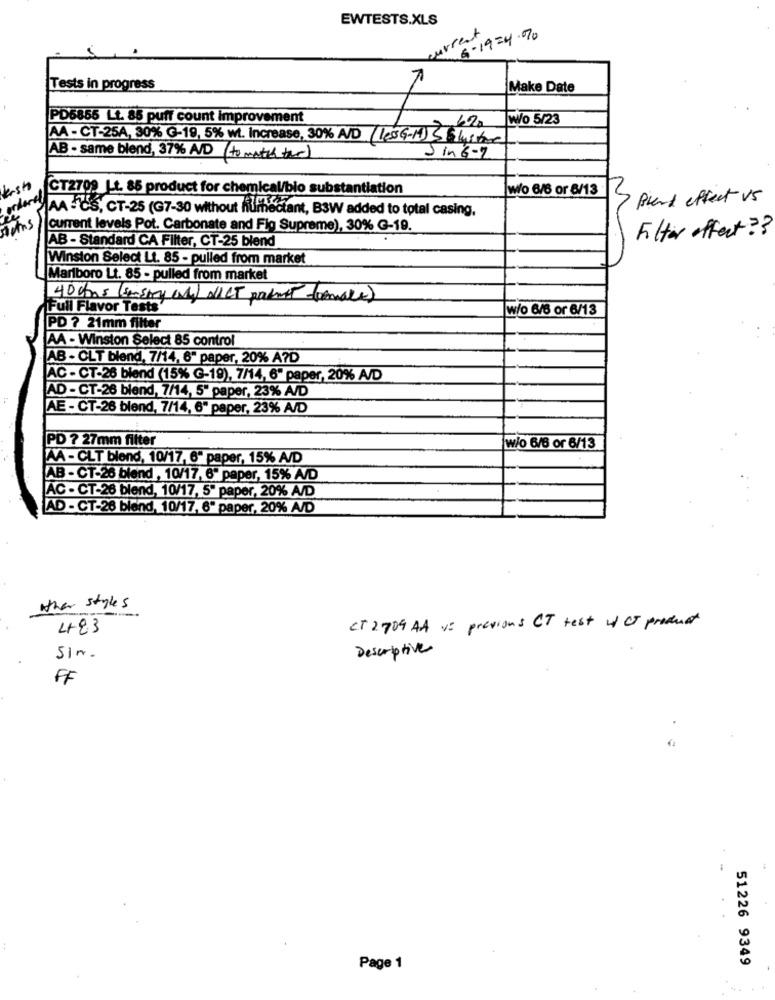
EWTESTS.XLS
current
6.19=4.70
7
Tests in progress
Make Date
PD6855 Lt. 85 putt count improvement
Wo 5/23
AA-CT-25A, 30% G-19, 5% wt. Increase, 30% A/D (lesG-14) Slystone
AB - same blend, 37% A/D (to match tar)
Jin 6-2
sh
CT2709 |.t. 85 product for chemical/bio substantiation
wio 6/6 or 8/13
Pient effect vs
AA-C'S, CT-25 (G7-30 without iufficiman
hectant, B3W added to total casing,
current levels Pot. Carbonate and Fig Supreme), 30% G-19.
Filter effect ??
AB - Standard CA Filter, CT-25 blend
Winston Select Lt. 85 - pulled from market
Marlboro Lt. 85 - pulled from market
40ans (sensory only) allCT paint -tomate)
Full Flavor Tests
w/o 6/6 or 6/13
PD ? 21mm filter
AA - Winston Select 85 control
AB - OLT blend, 7/14, 6" paper, 20% A7D
AC - CT-26 blend (15% G-19), 7/14, 6" paper, 20% A/D
AD - CT-26 blend, 7/14, 5" paper, 23% A/D
AE - CT-26 blend, 7/14, 6" paper, 23% A/D
PD 7 27mm filter
w/o 6/6 or 6/13
AA - CLT blend, 10/17, 6" paper, 15% A/D
AB - CT-26 blend , 10/17, 6" paper, 15% A/D
AC - CT-26 blend, 10/17, 5" paper, 20% A/D
AD - CT-26 blend, 10/17, 6" paper, 20% A/D
other styles
CT 2709 AA v= previous CT test w CT product
483
Descriptive
Sim.
FF
51226 9349
Page 1